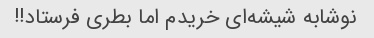
نوشابه شیشه‌ای خریدم اما بطری فرستاد!!